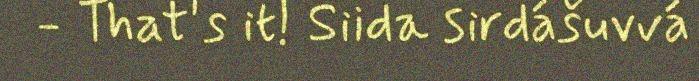
- That's it! Siida sirdášuvvá